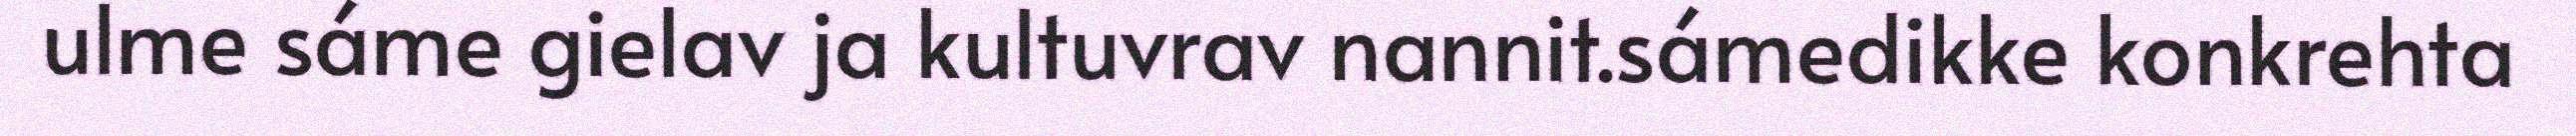
ulme sáme gielav ja kultuvrav nannit.sámedikke konkrehta